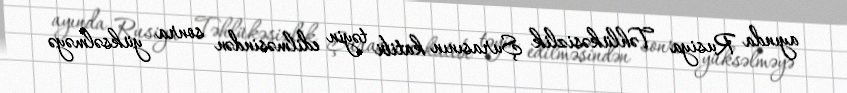
ayında Rusiya Təhlükəsizlik Şurasının katibi təyin edilməsindən sonra yüksəlməyə